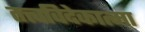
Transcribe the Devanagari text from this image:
तत्त्वविदेकात्मा